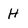
Character: h